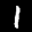
Label: 1